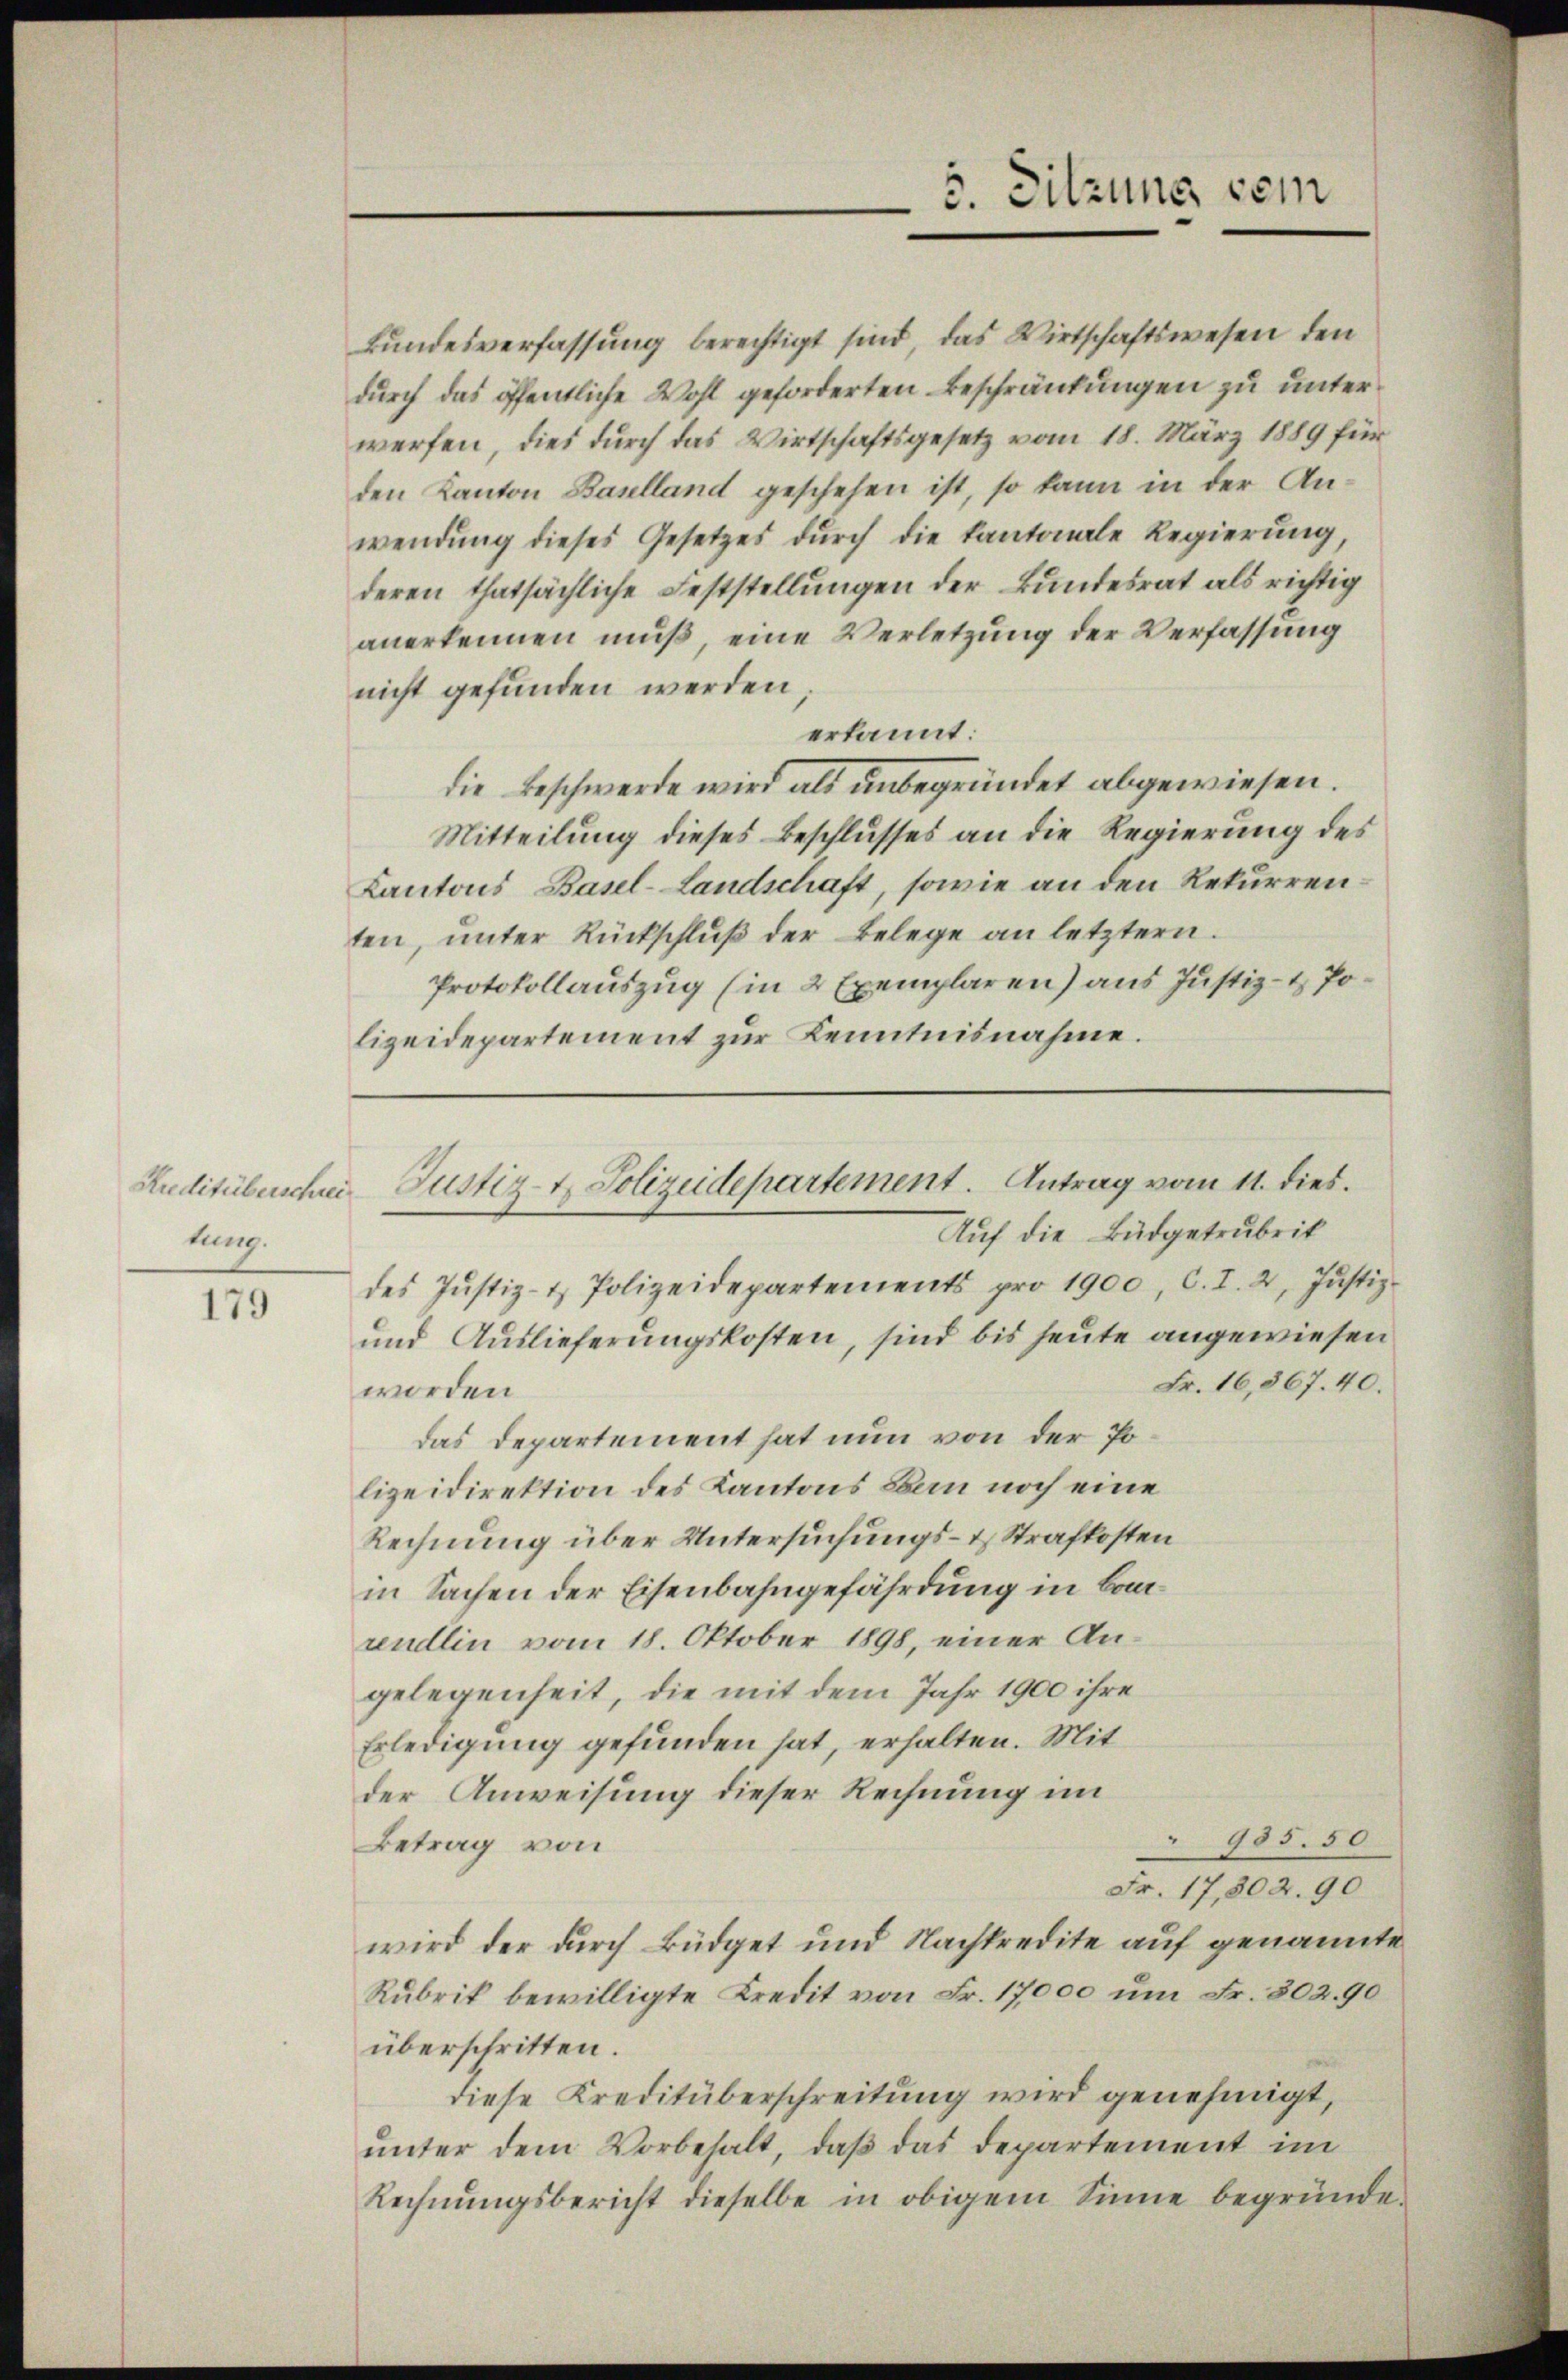
tung.

179

des Jŭstiz- & Polizeidepartements pro 1900, C. I. 2. Jŭstiz-
und Auslieferungskosten, sind bis heute angewiesen
Fr. 16,867. 40.
worden
das Departement hat nun von der Polizeidirektion des Kantons Bau noch eine
Rechnung über Untersuchungs- & Strafkosten
in Sachen der Eisenbahngefährdung in Baurendlin vom 18. Oktober 1898, einer Angelegenheit, die mit dem Jahr 1900 ihre
Erledigung gefunden hat, erhalten. Mit
der Anweisung dieser Rechnung im
985. 50
Betrag von
Fr. 17,802. 90
wird der durch Büdget und Nachtredite auf genannte
Rubrik bewilligte Kredit von Fr. 17,000 um Fr. 302. 90
überschritten.
diese Kreditüberschreitung wird genehmigt,
unter dem Vorbehalt, daß das Departement im
Rechnŭngsbericht dieselbe in obigem Sinne begründe.

5. Sitzung sein

Bundesverfassung berechtigt sind, das Wirtschaftswesen den
durch das öffentliche Wohl geforderten Beschränkungen zu unterwerfen, dies durch das Wirtschaftsgesetz vom 18. März 1889 für
den Kanton Baselland geschehen ist, so kann in der Anwendung dieses Gesetzes durch die Kantonale Regierung,
deren thatsächliche Feststellungen der Bundesrat als richtig
anerkennen muß, eine Verletzung der Verfassung
nicht gefunden werden.
erkannt:
die Beschwerde wird als unbegründet abgewiesen.
Mitteilung dieses Beschlusses an die Regierung des
Kantons Basel-Landschaft, sowie an den Rekurrenten, ŭnter Rückschlŭβ der Belege an letztern.
Protokollauszug (in 2 Exemplaren) aus Justiz- & Polizeidepartement zur Kenntnisnahme.

Kreditüberschrei Justiz- u. Polizeidepartement. Antrag vom 11. dies
Auf die Büdgetrubeit